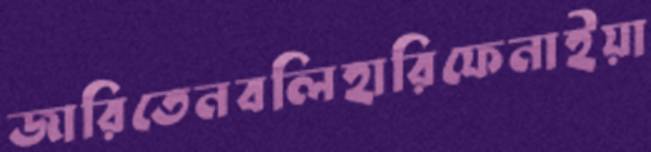
জারিতেনবলিহারিফেনাইয়া